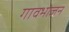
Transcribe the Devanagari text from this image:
गावभोजन